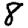
Digit: 8